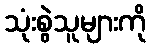
သုံးစွဲသူများကို